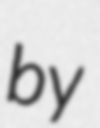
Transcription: by